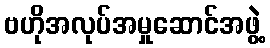
ဗဟိုအလုပ်အမှုဆောင်အဖွဲ့